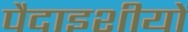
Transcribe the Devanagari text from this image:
पैदाइशीयों